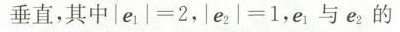
垂直，其中$$| e _ { 1 } | = 2$$，$$| e _ { 2 } | = 1$$，e_{1}与e_{2}的